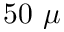
5 0 ~ \mu